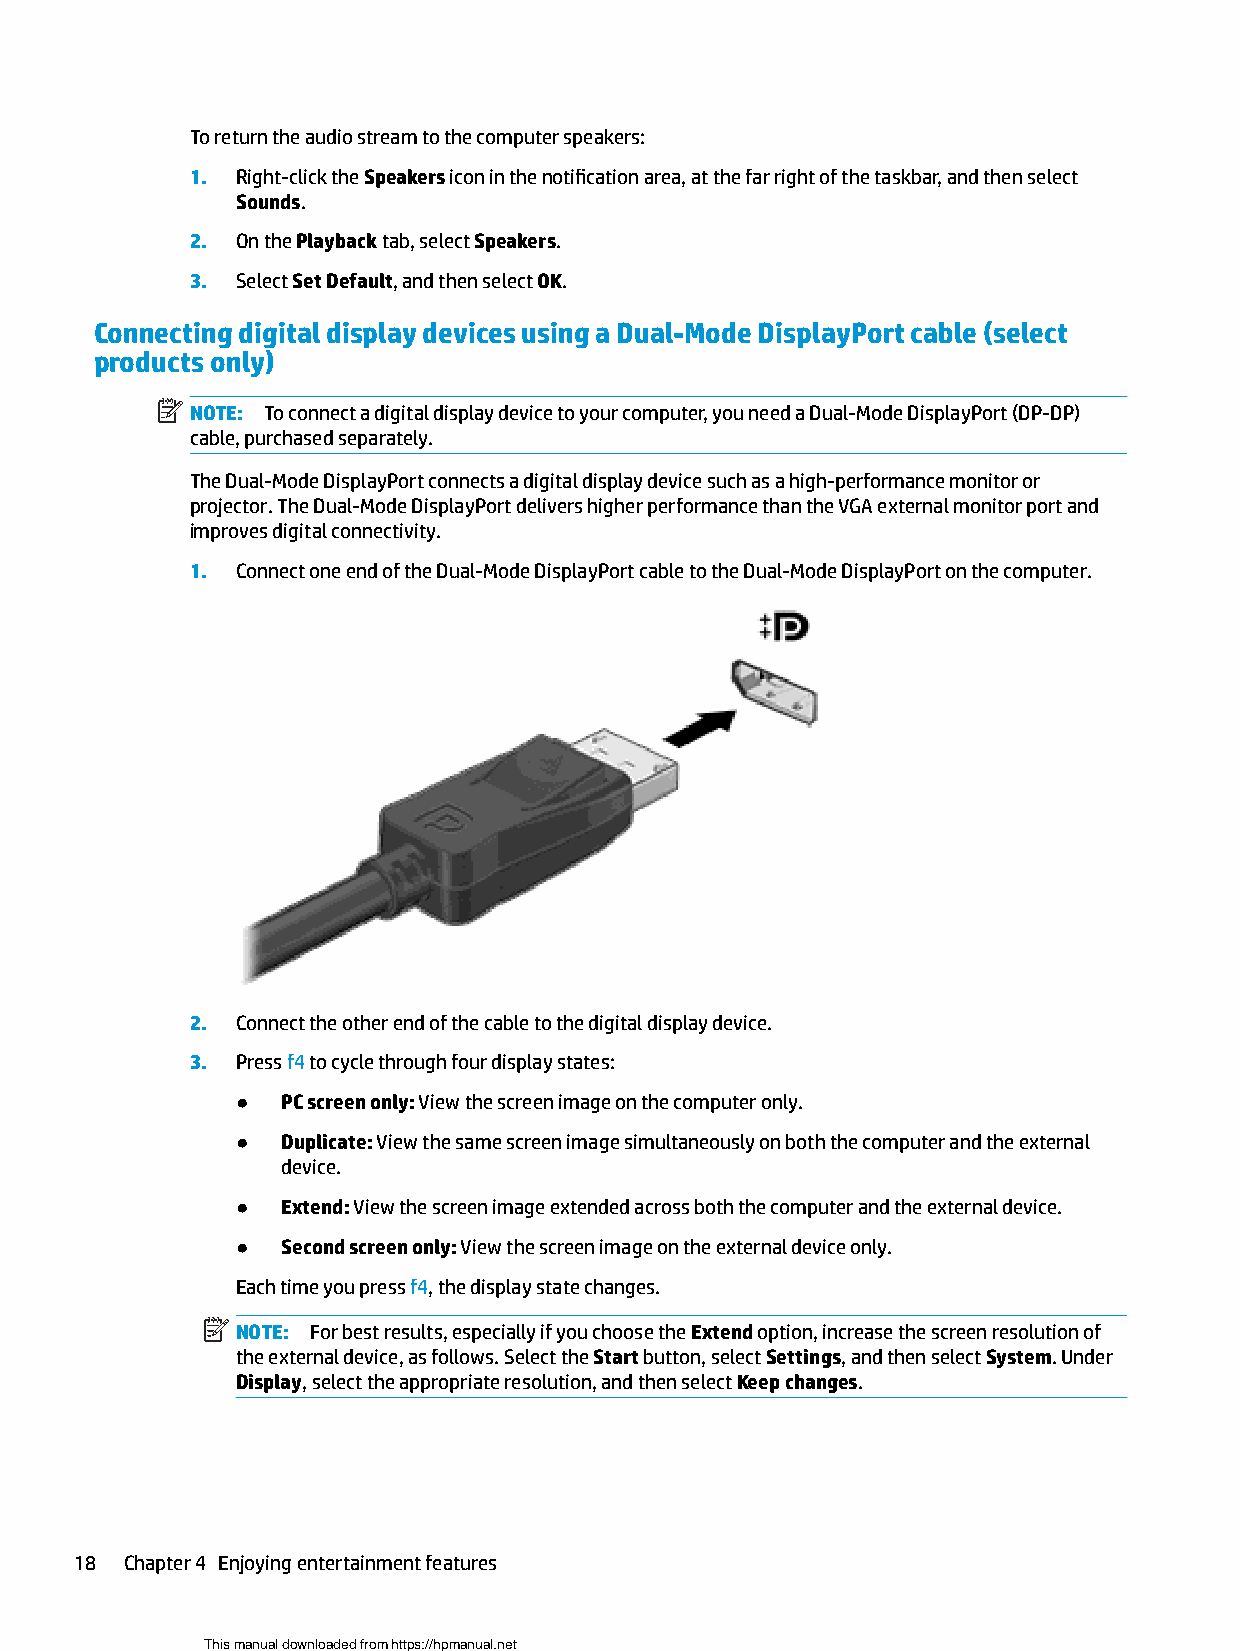
To return the audio stream to the computer speakers:
 1. Right-click the Speakers icon in the notification area, at the far right of the taskbar, and then select
 Sounds.
 2. On the Playback tab, select Speakers.
 3. Select Set Default, and then select OK.
 Connecting digital display devices using a Dual-Mode DisplayPort cable (select
 products only)
 NOTE: To connect a digital display device to your computer, you need a Dual-Mode DisplayPort (DP-DP)
 cable, purchased separately.
 The Dual-Mode DisplayPort connects a digital display device such as a high-performance monitor or
 projector. The Dual-Mode DisplayPort delivers higher performance than the VGA external monitor port and
 improves digital connectivity.
 1. Connect one end of the Dual-Mode DisplayPort cable to the Dual-Mode DisplayPort on the computer.
 2. Connect the other end of the cable to the digital display device.
 3. Press f4 to cycle through four display states:
 ●  PC screen only: View the screen image on the computer only.
 ●  Duplicate: View the same screen image simultaneously on both the computer and the external
 device.
 ●  Extend: View the screen image extended across both the computer and the external device.
 ●  Second screen only: View the screen image on the external device only.
 Each time you press f4, the display state changes.
 NOTE: For best results, especially if you choose the Extend option, increase the screen resolution of
 the external device, as follows. Select the Start button, select Settings, and then select System. Under
 Display, select the appropriate resolution, and then select Keep changes.
 18 Chapter 4 Enjoying entertainment features
 This manual downloaded from https://hpmanual.net